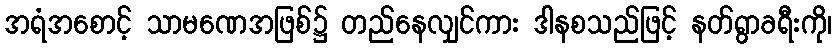
အရံအစောင့် သာမဏေအဖြစ်၌ တည်နေလျှင်ကား ဒါနစသည်ဖြင့် နတ်ရွာခရီးကို၊